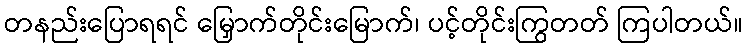
တနည်းပြောရရင် မြှောက်တိုင်းမြောက်၊ ပင့်တိုင်းကြွတတ် ကြပါတယ်။